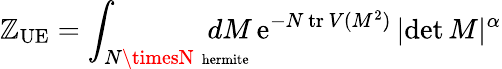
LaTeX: \mathbb{Z}_{\mathrm{{UE}}}=\int_{N\timesN\, \mathrm{{\scriptsize~hermite}}}\! \! \! \! \! \! \! \! \! \! dM\, \mathrm{{e}}^{-N\, \mathrm{{tr}}\, V(M^{2})}\, |\mathrm{{det}}\, M|^{\alpha}